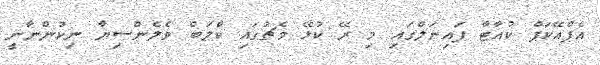
އެފްއޭކަޕް ކުއާޓާ ފައިނަލްގައި މި ރޭ ކުޅޭ މެޗުގައި ކްލަބް ވެލެންސިޔާ ނިކުންނާނީ